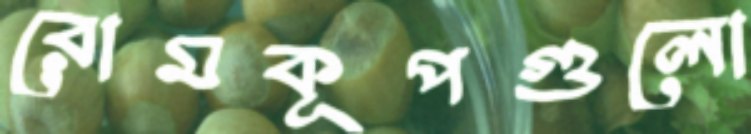
রোমকূপগুলো